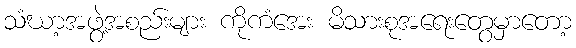
သံဃာ့အဖွဲ့အစည်းများ ကိုကံအေး မိသားစုအရေးတွေမှာတော့